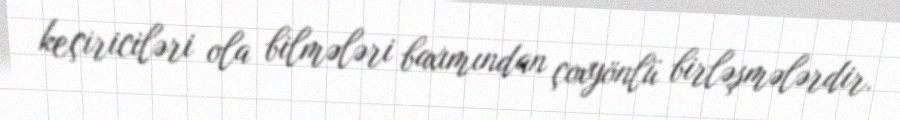
keçiriciləri ola bilmələri baxımından çoxyönlü birləşmələrdir.